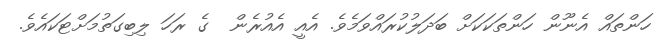
ހަންތައް އެނޫން ހަންތަކަކަށް ބަދަލުކުރައްވަމެވެ. އެއީ އެއުރެން  ގެ ރަހަ ލިބިގަތުމަށްޓަކައެވެ.